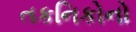
તકનિકોનો